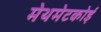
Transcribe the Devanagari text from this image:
मेथमेटकोई